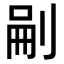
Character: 𭃬